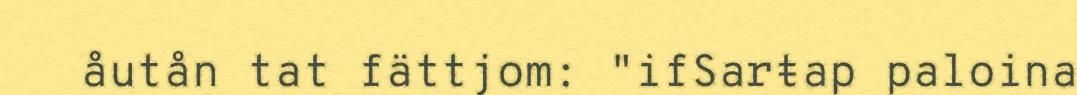
åutån tat fättjom: "ifSarŧap paloina